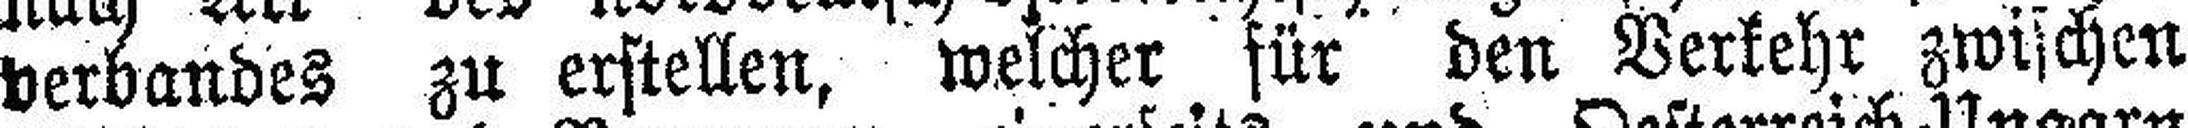
verbandes zu erstellen, welcher für den Verkehr zwischen